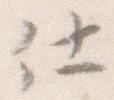
仕